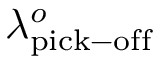
\lambda _ { \mathrm { p i c k - o f f } } ^ { o }